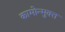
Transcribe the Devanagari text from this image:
कामोन्मुक्त